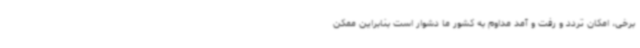
برخی، امکان تردد و رفت و آمد مداوم به کشور ما دشوار است بنابراین ممکن